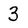
Character: 3